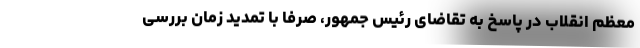
معظم انقلاب در پاسخ به تقاضای رئیس جمهور، صرفا با تمدید زمان بررسی